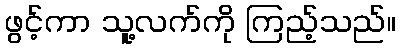
ဖွင့်ကာ သူ့လက်ကို ကြည့်သည်။